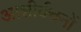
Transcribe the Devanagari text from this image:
आशीर्वचनों